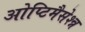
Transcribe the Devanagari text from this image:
ओप्टिमैसेश्न्न